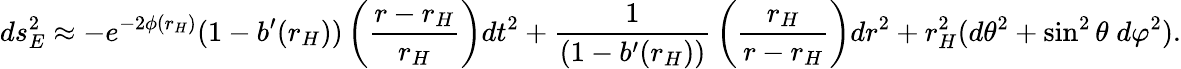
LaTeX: ds_{E}^{2}\approx-e^{-2\phi(r_{H})}(1-b^{\prime}(r_{H}))\left({\frac{r-r_{H}}{r_{H}}}\right)dt^{2}+{\frac{1}{(1-b^{\prime}(r_{H}))}}\left({\frac{r_{H}}{r-r_{H}}}\right)dr^{2}+r_{H}^{2}(d\theta^{2}+\sin^{2}\theta\; d\varphi^{2}).